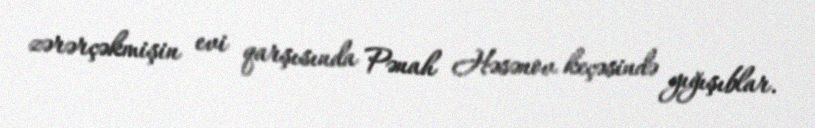
zərərçəkmişin evi qarşısında Pənah Həsənov keçəsində yığışıblar.